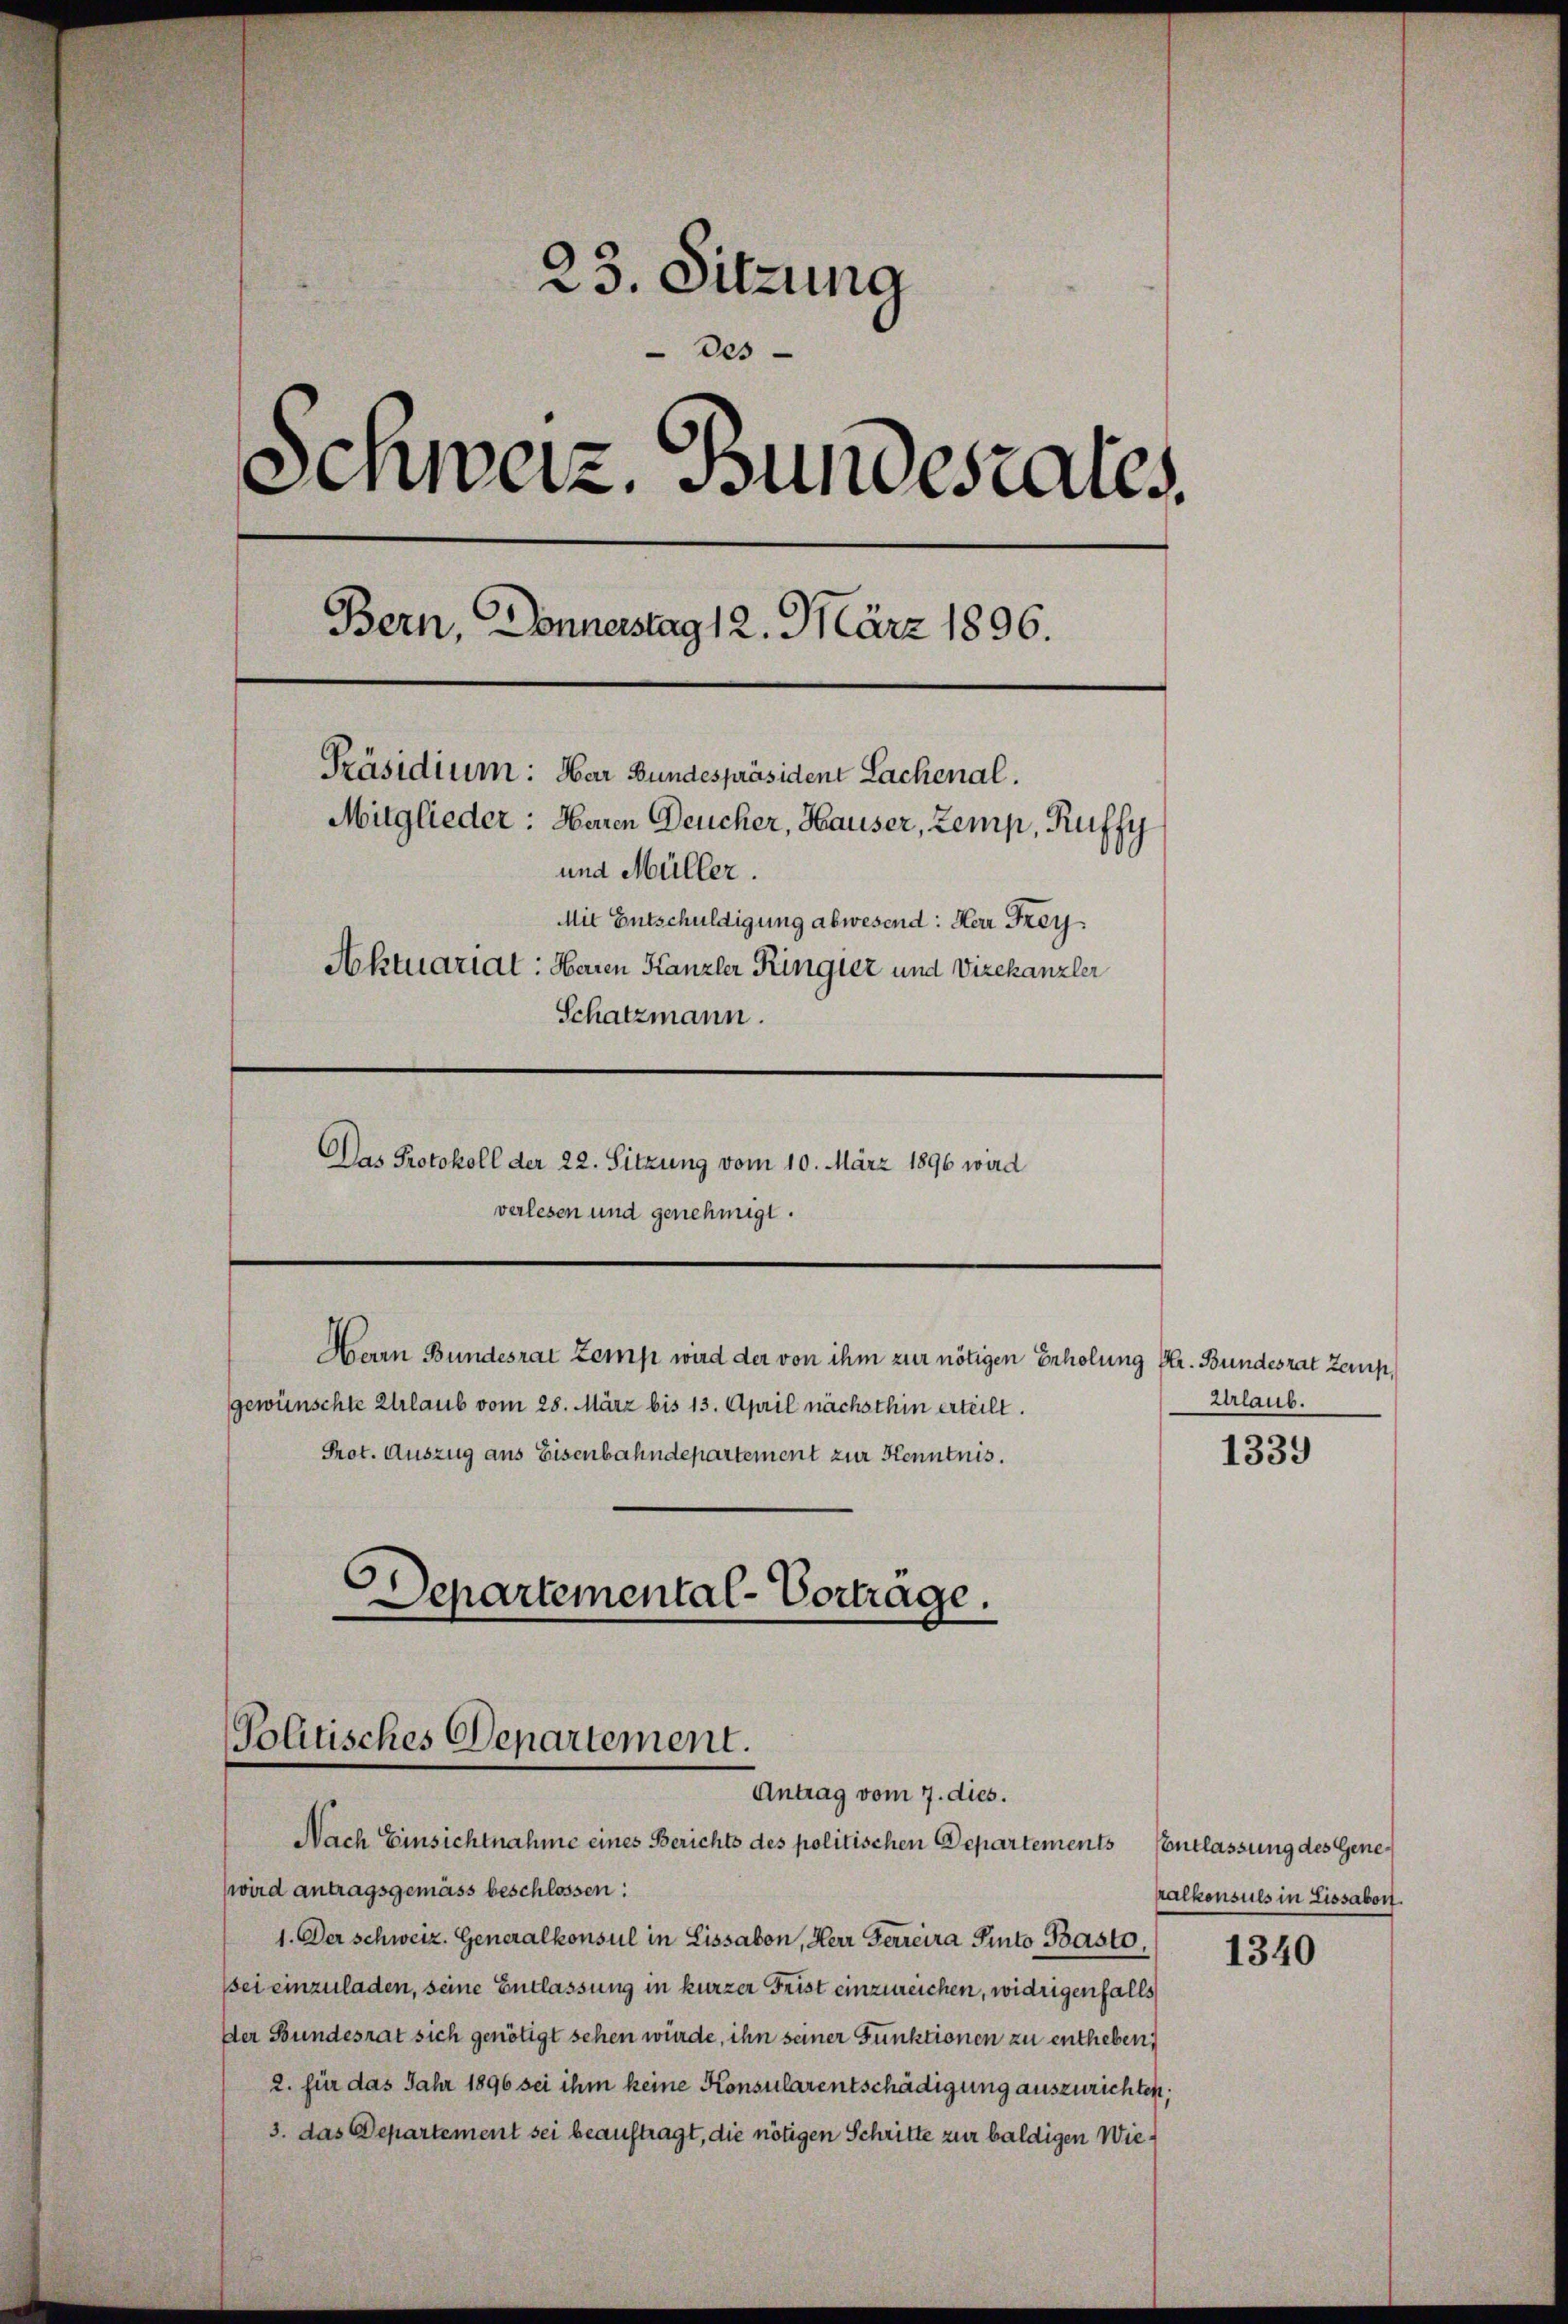
23. Sitzung
Des
e
.
Schweiz. Bundesrates.
Bern, Donnerstag 12. März 1896.
Präsidium: Mar Bundespräsident Lachenal.
Mitglieder: Haren Deucher, Hauser, Zemp, Ruffy
und Müller.
Mit Entschuldigung abwesend: Herr Frey¬
Aktuariat: Haren Kanzler Ringler und Vizekanzler
Schatzmann.
Das Protokoll der 22. Sitzung vom 10. März 1896 wird
verlesen und genehmigt.

Prot. Auszug aus Eisenbahndepartement zur Kenntnis.
Departemental-Vortrage.

gewünschte Erlaub vom 28. März bis 13. April nächsthin erteilt.

Herrn Bundesrat Zemp wird der von ihm zur nötigen Erholung Hr. Bundesrat Zemp,

Politisches Departement.
Antrag vom 7. dies.

Nach Einsichtnahme eines Berichts des politischen Departements
wird antragsgemäss beschlossen:
1. Der Schweiz. Generalkonsul in Lissabon, Herr Ferreira Pinto Basto,
sei einzuladen, seine Entlassung in kurzer Frist einzureichen, widrigenfalls
Der Bundesrat sich genötigt sehen wurde, ihn seiner Funktionen zu entheben,
2. für das Jahr 1896 sei ihm keine Konsularentschädigung auszurichten,
3. das Departement sei beauftragt, die nötigen Schritte zur baldigen Wie¬

Urlaub.
1339

CEntlassung des Genekalkonsuls in Lissabon.

1340